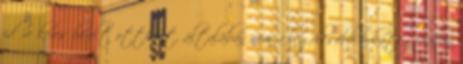
időre keres bérelt otthont, általában nem a legolcsóbb árkategóriában